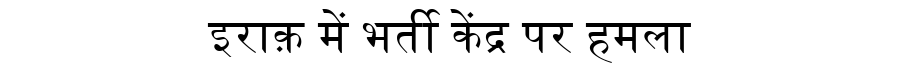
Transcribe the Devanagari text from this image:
इराक़ में भर्ती केंद्र पर हमला